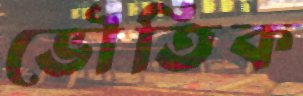
ভৌতিক